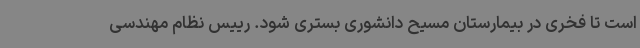
است تا فخری در بیمارستان مسیح دانشوری بستری شود. رییس نظام مهندسی